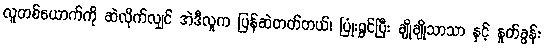
လူတစ်ယောက်ကို ဆဲလိုက်လျှင် အဲဒီလူက ပြန်ဆဲတတ်တယ်၊ ပြုံးရွှင်ပြီး ချိုချိုသာသာ နှင့် နှုတ်ခွန်း